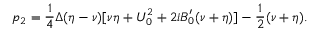
p _ { 2 } = \frac { 1 } { 4 } \Delta ( \eta - \nu ) [ \nu \eta + U _ { 0 } ^ { 2 } + 2 i B _ { 0 } ^ { \prime } ( \nu + \eta ) ] - \frac { 1 } { 2 } ( \nu + \eta ) .